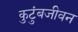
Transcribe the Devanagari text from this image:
कुटुंबजीवन